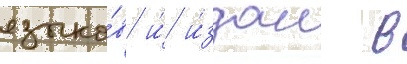
языко́в и́ и́здан в